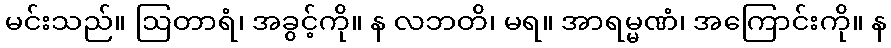
မင်းသည်။ ဩတာရံ၊ အခွင့်ကို။ န လဘတိ၊ မရ။ အာရမ္မဏံ၊ အကြောင်းကို။ န